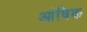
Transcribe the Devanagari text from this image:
आंषिक